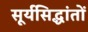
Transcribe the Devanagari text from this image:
सूर्यसिद्धांतों